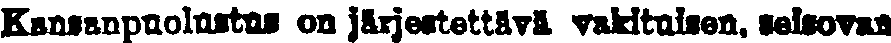
Kunsanpuolustus on järjestettävä vakituisen, seisovan